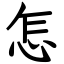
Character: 怎